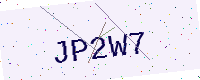
Text: JP2W7